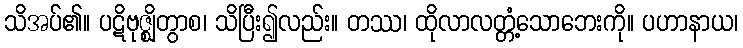
သိအပ်၏။ ပဋိဗုဇ္ဈိတွာစ၊ သိပြီး၍လည်း။ တဿ၊ ထိုလာလတ္တံ့သောဘေးကို။ ပဟာနာယ၊